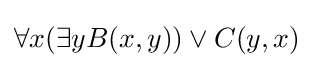
\forall x(\exists yB(x,y))\vee C(y,x)